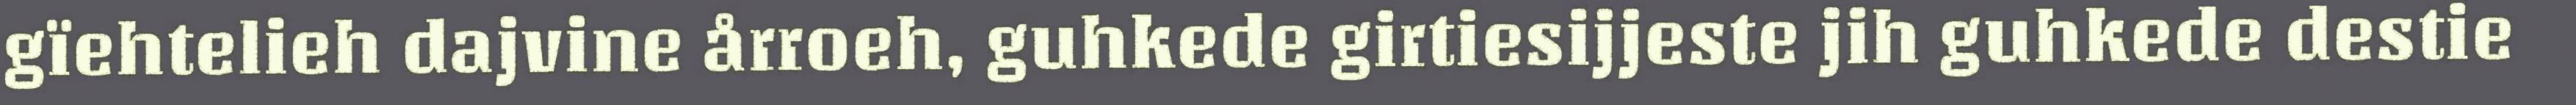
gïehtelieh dajvine årroeh, guhkede girtiesijjeste jih guhkede destie